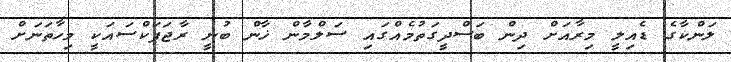
ލަންކާގެ ޑެއިލީ މިރާއަށް ދިން ބަސްދީގަތުމެއްގައި ސަލްމާން ޚާން ބުނީ ރާޖަޕަކްސައަކީ މިހާތަނަށް